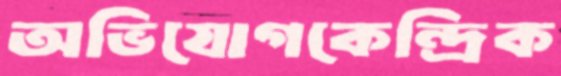
অভিযোগকেন্দ্রিক